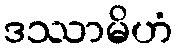
ဒဿာမိဟံ